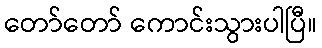
တော်တော် ကောင်းသွားပါပြီ။